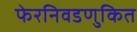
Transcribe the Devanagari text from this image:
फेरनिवडणुकित